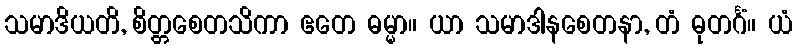
သမာဒိယတိ, စိတ္တစေတသိကာ ဧတေ ဓမ္မာ။ ယာ သမာဒါနစေတနာ, တံ ဓုတင်္ဂံ။ ယံ